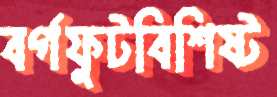
বর্গফুটবিশিষ্ট